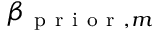
\beta _ { \mathrm { ~ p ~ r ~ i ~ o ~ r ~ } , m }